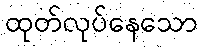
ထုတ်လုပ်နေသော